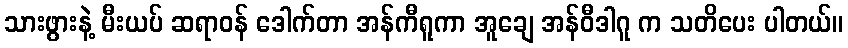
သားဖွားနဲ့ မီးယပ် ဆရာဝန် ဒေါက်တာ အန်ကီရူကာ အူချေ အန်ဝီဒါဂူ က သတိပေး ပါတယ်။